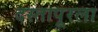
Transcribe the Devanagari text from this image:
दस्तापूरला